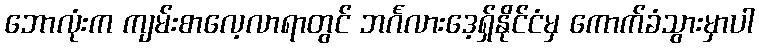
ဘောလုံးက ကျမ်းစာလေ့လာရာတွင် ဘင်္ဂလားဒေ့ရှ်နိုင်ငံမှ ကောက်ခံသွားမှာပါ